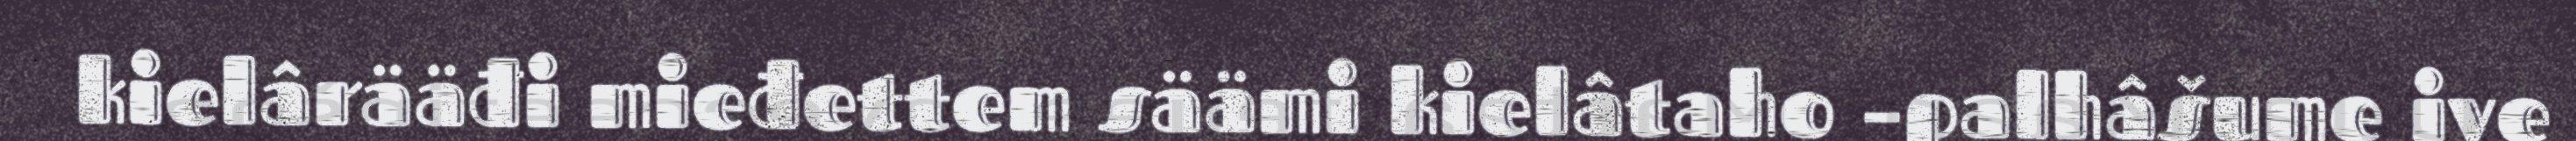
kielârääđi mieđettem säämi kielâtaho –palhâšume ive